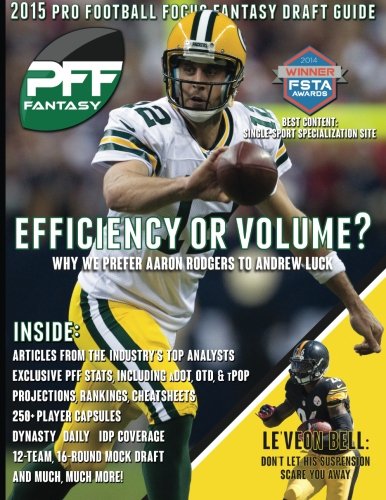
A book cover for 2015 Pro Football Focus Fantasy Draft Guide; Mike Clay; Humor & Entertainment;